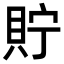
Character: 貯